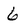
Character: 6